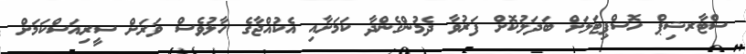
ސްޓާރޝިޕް ހޮސްޕިޓަލަށް ބަދަލުކޮށް ފަރުވާ ދެމުންގެންދާ ކަމަށާއި އެކުއްޖާގެ ހާލުވެސް ވަރަށް ސީރިއަސްކަމަށް